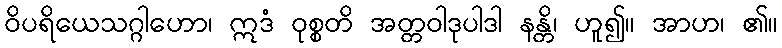
ဝိပရိယေသဂ္ဂါဟော၊ ဣဒံ ဝုစ္စတိ အတ္တဝါဒုပါဒါ နန္တိ၊ ဟူ၍။ အာဟ၊ ၏။